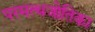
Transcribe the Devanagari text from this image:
परमत्थजोतिका